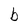
Character: b